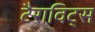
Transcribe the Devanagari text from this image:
टैराविट्स